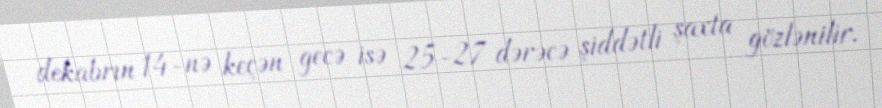
dekabrın 14-nə keçən gecə isə 25-27 dərəcə şiddətli şaxta gözlənilir.